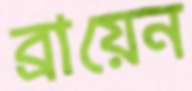
ব্রায়েন